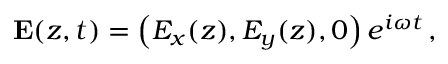
{ \bf E } ( z , t ) = \left( E _ { x } ( z ) , E _ { y } ( z ) , 0 \right) e ^ { i \omega t } \, ,